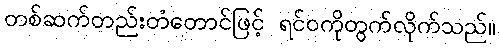
တစ်ဆက်တည်းတံတောင်ဖြင့် ရင်ဝကိုတွက်လိုက်သည်။